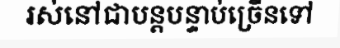
រស់នៅជាបន្តបន្ទាប់ច្រើនទៅ